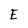
Character: E